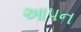
આપન